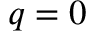
q = 0